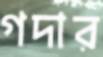
গদার